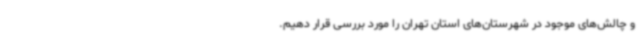
و چالش‌های موجود در شهرستان‌های استان تهران را مورد بررسی قرار دهیم.